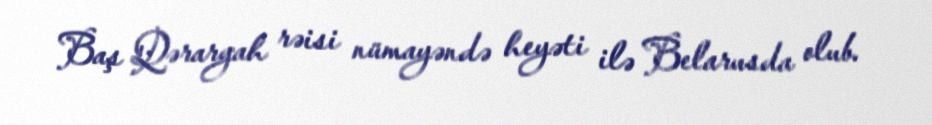
Baş Qərargah rəisi nümayəndə heyəti ilə Belarusda olub.